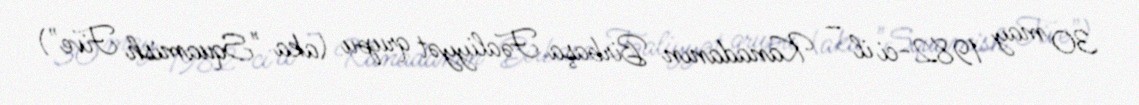
30 may 1982-ci il – Kanadanın Birbaşa Fəaliyyət qrupu (aka "Squamish Five")